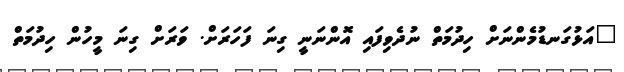
"އަޅުގަނޑުމެންނަށް ހިދުމަތް ނުދެވިފައި އޮންނަނީ ގިނަ ފަހަރަށް. ވަރަށް ގިނަ މީހުން ހިދުމަތް